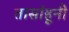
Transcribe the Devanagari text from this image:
तासांहूनी